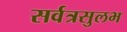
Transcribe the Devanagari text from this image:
सर्वत्रसुलभ